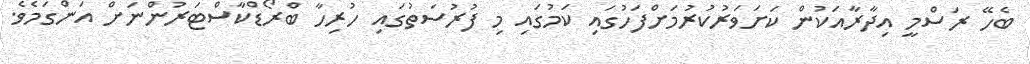
ބެހޭ ރަސްމީ އިދާރާއަކުން ކަށަވަރުކުރުމަށްފަހުގައި ކަމުގައި މި ފުރުސަތުގައި ހުރިހާ ބްރޯޑްކާސްޓަރުންނަށް އަންގަމެވެ.